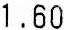
1.60